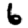
Digit: 6